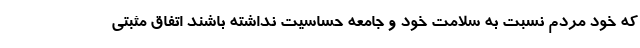
که خود مردم نسبت به سلامت خود و جامعه حساسیت نداشته باشند اتفاق مثبتی